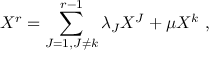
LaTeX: X ^ { r } = \sum _ { J = 1 , J \not = k } ^ { r - 1 } \lambda _ { J } X ^ { J } + \mu X ^ { k } \ ,